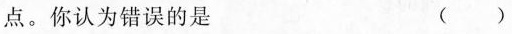
点。你认为错误的是 （）